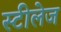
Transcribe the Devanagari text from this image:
स्टीलेज